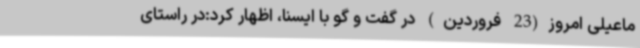
ماعیلی امروز(23 فروردین) در گفت و گو با ایسنا، اظهار کرد:در راستای